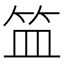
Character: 笽